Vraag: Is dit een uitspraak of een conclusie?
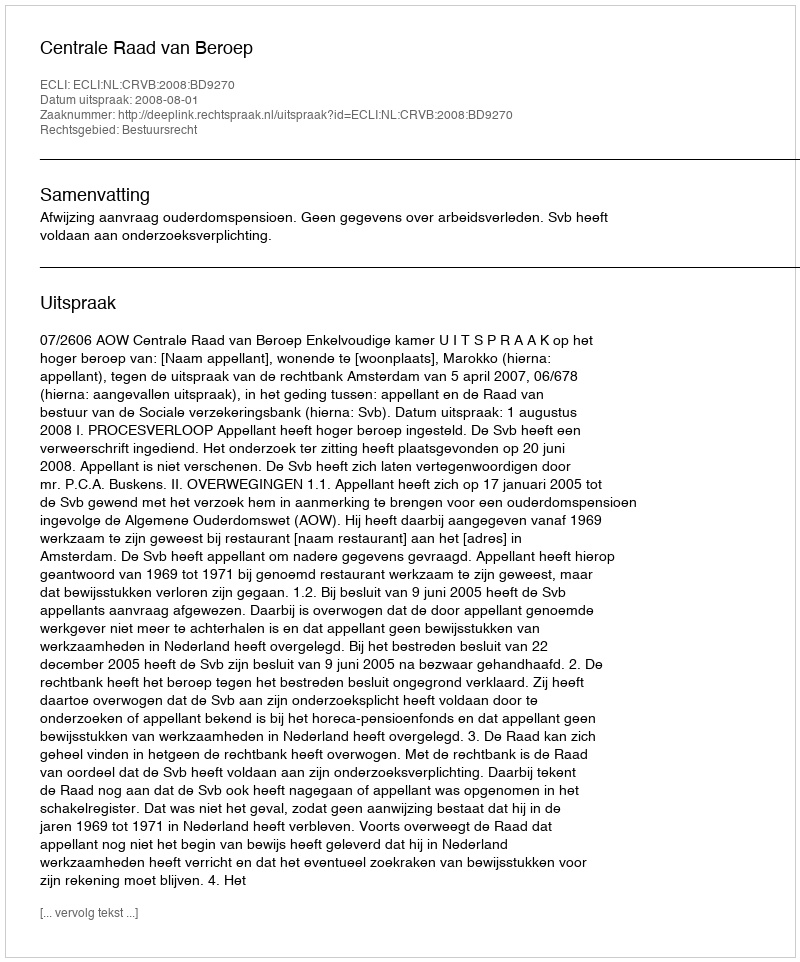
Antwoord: Uitspraak